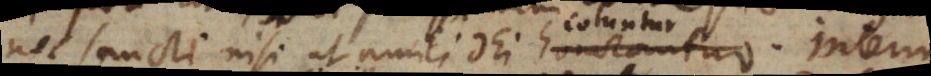
nec sancti nisi ut amici Dei honorantur